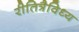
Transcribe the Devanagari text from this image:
रीतित्रैविध्य